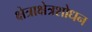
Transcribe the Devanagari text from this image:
क्षेत्राक्षेत्रशोधन